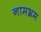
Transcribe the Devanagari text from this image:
नामभ्रम